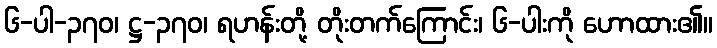
၆-ပါ-၃၇၀၊ ဋ္ဌ-၃၇၀၊ ရဟန်းတို့ တိုးတက်ကြောင်း၊ ၆-ပါးကို ဟောထား၏။